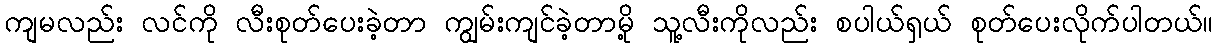
ကျမလည်း လင်ကို လီးစုတ်ပေးခဲ့တာ ကျွမ်းကျင်ခဲ့တာမို့ သူ့လီးကိုလည်း စပါယ်ရှယ် စုတ်ပေးလိုက်ပါတယ်။